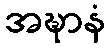
အဍ္ဎာနံ